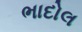
ભાદોલ